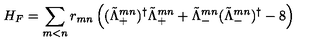
H _ { F } = \sum _ { m < n } r _ { m n } \left( ( \tilde { \Lambda } _ { + } ^ { m n } ) ^ { \dagger } \tilde { \Lambda } _ { + } ^ { m n } + \tilde { \Lambda } _ { - } ^ { m n } ( \tilde { \Lambda } _ { - } ^ { m n } ) ^ { \dagger } - 8 \right)